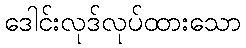
ဒေါင်းလုဒ်လုပ်ထားသော